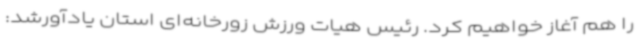
را هم آغاز خواهیم کرد. رئیس هیات ورزش‌ زورخانه‌ای استان یادآورشد: